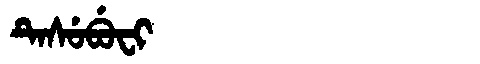
Manchu: ᡨᡝᠰᡠᠪᡠᠸᡳ
Romanization: TESUBUFI